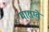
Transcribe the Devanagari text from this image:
पाराग्वे